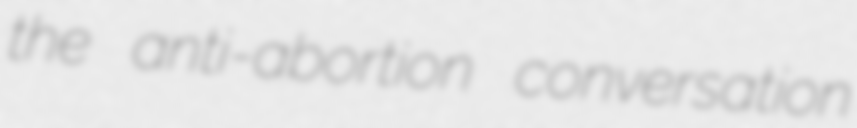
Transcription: the anti-abortion conversation